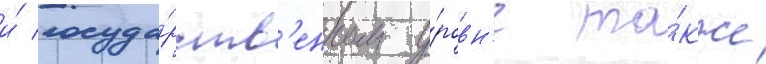
и́ госуда́рств'енном у́ровн'е та́кже